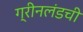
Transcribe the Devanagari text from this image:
ग्रीनलंडची